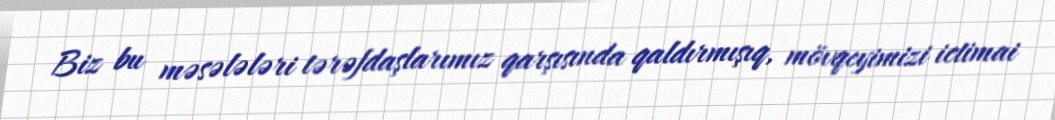
Biz bu məsələləri tərəfdaşlarımız qarşısında qaldırmışıq, mövqeyimizi ictimai